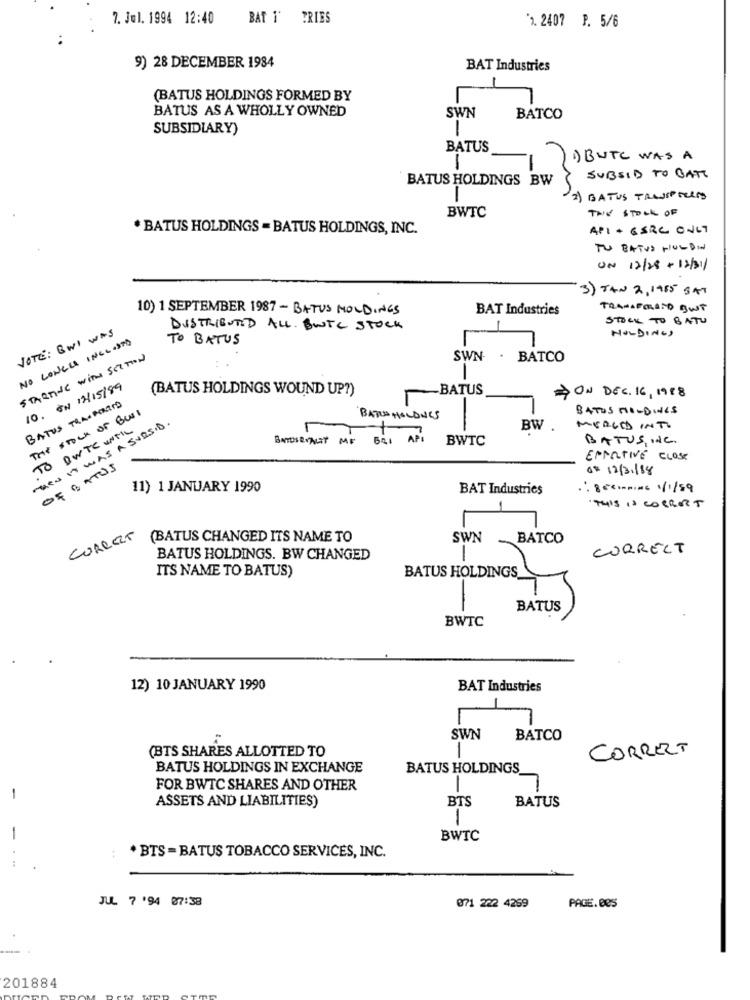
7. Jul. 1994 12:40
BAT I' TRIES
*). 2407 P. 5/6
..
9) 28 DECEMBER 1984
BAT Industries
(BATUS HOLDINGS FORMED BY
BATUS AS A WHOLLY OWNED
SWN
BATCO
SUBSIDIARY)
1
BATUS
1) BUTC WAS A
1
BATUS HOLDINGS BW
SUBSID TO BATT
2) BATUS TRUSPRECIS
BWTC
THE STOCK OF
. BATUS HOLDINGS - BATUS HOLDINGS, INC.
API + GSRC ONLY
TU BATUS HULDIN
UN 17/28 + 12/31/
3) TAN 2, 1985 BAT
10) 1 SEPTEMBER 1987- BATUS MOLDINGS
BAT Industries
TRANSFORSTO BUT
STOCK TO BATU
VOTE : BWI WAS
DISTRIBUTED ALL. BUTC STOCK
HOLDINGS
NO LONGER INCLOSTO
TO BATUS
STARTING WITH SECTION
SWN
. BATCO
10. ŚW 12/15/89
(BATUS HOLDINGS WOUND UP?)
-BATUS
ON DEC. 16, 1988
BATUS TRASPORTOO
THE STOCK OF BULL
BATOS MOLDINGS
THENIT WAS A SUBSID .
BATUAHOLDULS
TO OWTC WTIL
BW
MERGED INTO
BATOSERAIT MF 821
API
BWTC
BATUS, We.
EFFECTIVE CLOSE
OF BATUS
6= 12/31/88
11) 1 JANUARY 1990
BAT Industries
"THIS IS CORRECT
CORRECT
(BATUS CHANGED ITS NAME TO
SWN -
BATCO
CORRECT
BATUS HOLDINGS. BW CHANGED
-
ITS NAME TO BATUS)
BATUS
BWTC
12) 10 JANUARY 1990
BAT Industries
-
SWN
BATCO
(BTS SHARES ALLOTTED TO
CORRECT
BATUS HOLDINGS IN EXCHANGE
BATUS HOLDINGS
FOR BWTC SHARES AND OTHER
-
ASSETS AND LIABILITIES)
BTS
BATUS
1
BWTC
...
* BTS = BATUS TOBACCO SERVICES, INC.
JUL 7 '94 07:38
071 222 4269
PAGE. DES
201884